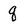
Character: q